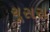
ચૂસસ